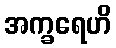
အက္ခရေဟိ